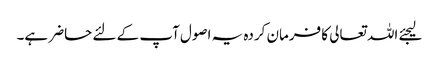
لیجئے اللہ تعالی کا فرمان کردہ یہ اصول آپ کے لئے حاضر ہے۔